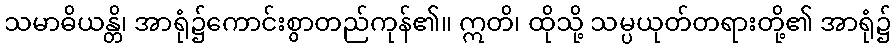
သမာဓိယန္တိ၊ အာရုံ၌ကောင်းစွာတည်ကုန်၏။ ဣတိ၊ ထိုသို့ သမ္ပယုတ်တရားတို့၏ အာရုံ၌